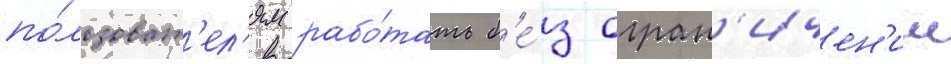
по́льзоват'ел'ям рабо́тать б'е́з огран'ичен'ии